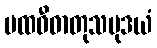
ပထဝီဓာတုသမုဒယံ